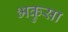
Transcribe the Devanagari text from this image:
भकुसा